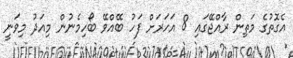
އެގޮތުގެ މަތިން ރާއްޖޭގައި 8 އަހަރަށް ފަހު ބޭއްވޭ ބޯހިމެނުން މިއަދު މިވަނީ